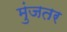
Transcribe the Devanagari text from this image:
मुंजतर